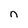
Character: n